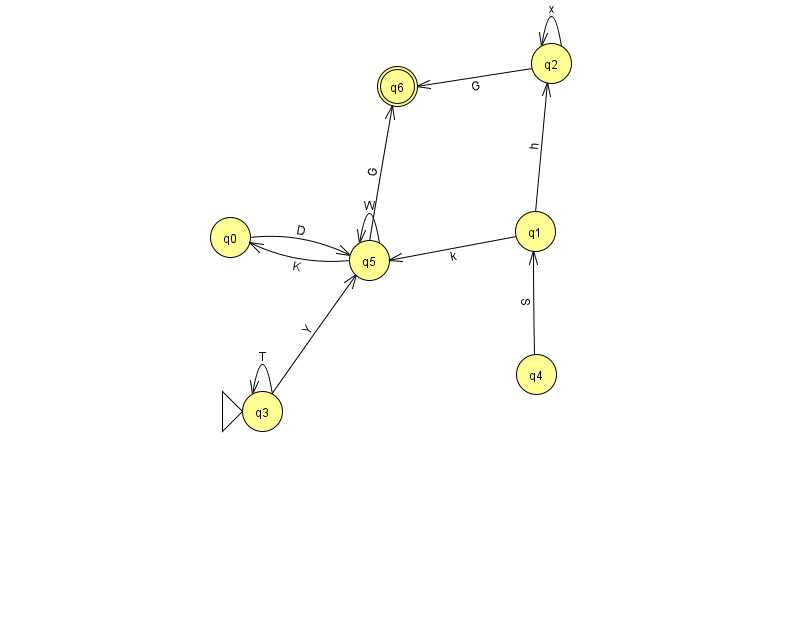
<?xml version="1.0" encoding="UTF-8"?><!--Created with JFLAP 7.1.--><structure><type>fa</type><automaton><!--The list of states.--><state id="0" name="q0"><x>230.0</x><y>224.0</y></state><state id="1" name="q1"><x>535.0</x><y>218.0</y></state><state id="2" name="q2"><x>551.0</x><y>50.0</y></state><state id="3" name="q3"><x>262.0</x><y>398.0</y><initial/></state><state id="4" name="q4"><x>536.0</x><y>361.0</y></state><state id="5" name="q5"><x>369.0</x><y>247.0</y></state><state id="6" name="q6"><x>397.0</x><y>73.0</y><final/></state><!--The list of transitions.--><transition><from>1</from><to>2</to><read>h</read></transition><transition><from>3</from><to>3</to><read>T</read></transition><transition><from>4</from><to>1</to><read>S</read></transition><transition><from>3</from><to>5</to><read>Y</read></transition><transition><from>5</from><to>0</to><read>K</read></transition><transition><from>5</from><to>5</to><read>W</read></transition><transition><from>5</from><to>6</to><read>G</read></transition><transition><from>0</from><to>5</to><read>D</read></transition><transition><from>2</from><to>2</to><read>x</read></transition><transition><from>1</from><to>5</to><read>k</read></transition><transition><from>2</from><to>6</to><read>G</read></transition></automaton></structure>